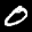
Label: 0